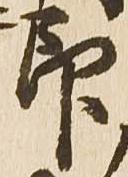
印